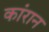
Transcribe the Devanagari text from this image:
कांरान